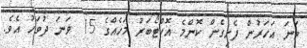
ވަނަ އަހަރުން ފެށިގެން ކޮންމެ އޮކްޓޯބަރު މަހެއްގެ 15 ވަނަ ދުވަހު އެވެ.